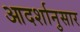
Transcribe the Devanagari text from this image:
आदर्शानुसार